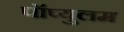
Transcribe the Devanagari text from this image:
पॉप्युलम